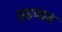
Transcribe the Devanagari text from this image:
हद्दवाढ